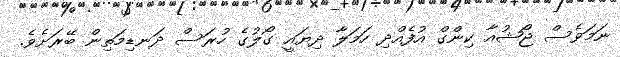
ނަމަވެސް ޖޯޝުއާ ކިންގް އުފެއްދި ހަމަލާ ދިޔައީ ގޯލުގެ ހުރަސް ދަނޑިމަތިން ބޭރަށެވެ.